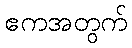
ဧကအတွက်